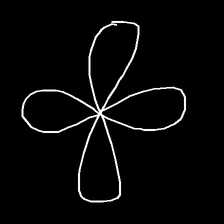
Glyph: billowing